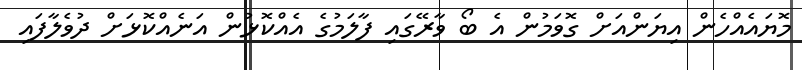
މޮޔައެއްހެން އިޔަންއަށް ގޮވަމުން އެ ބޯ ވާރޭގައި ފާލަމުގެ އެއްކޮޅުން އަނެއްކޮޅަށް ދުވެލާފައި